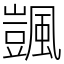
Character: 颽